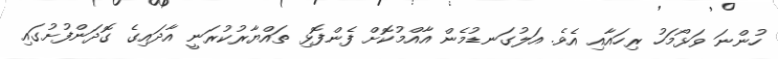
ހުންނަ ވަޅޯމަހު ރިހައާއި އެވެ. އަލުގަނޑުމެން އާއްމުކޮށް ފެންފޮޅި ތައްޔާރުކުރަނީ އާދައިގެ ގޮދަންފުށުގައި